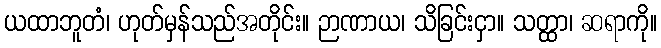
ယထာဘူတံ၊ ဟုတ်မှန်သည်အတိုင်း။ ဉာဏာယ၊ သိခြင်းငှာ။ သတ္ထာ၊ ဆရာကို။